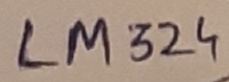
Text: LM324